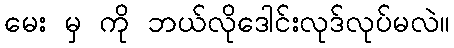
မေး မှ ကို ဘယ်လိုဒေါင်းလုဒ်လုပ်မလဲ။